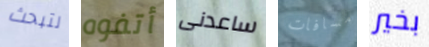
لتبحث أتفوه ساعدنى مسافات بخير